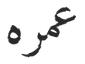
عمره